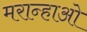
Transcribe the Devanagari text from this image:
मरान्हाओ